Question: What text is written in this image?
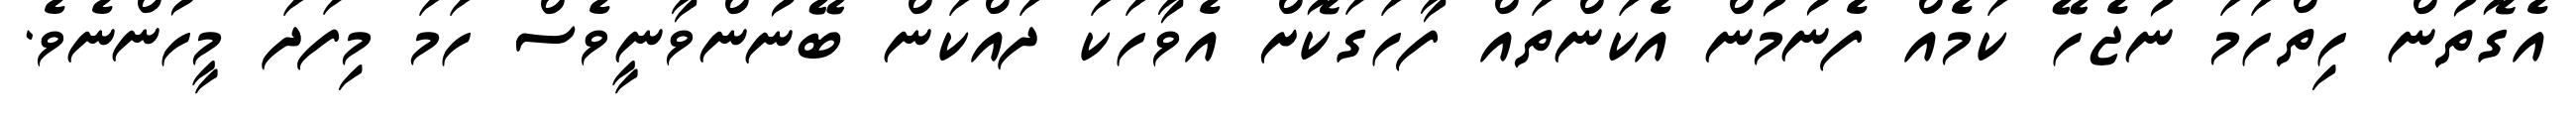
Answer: އެގޮތުން ހިތްހަމަ ނުޖެހޭ ކަމެއް ފެނުމުން އެކަންތައް ފާހަގަކޮށް އެވާހަކަ ދައްކަން ބޭނުންވާނީވެސް ހަމަ މިފަދަ މީހުންނެވެ.